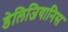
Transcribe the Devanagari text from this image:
डेलिजियानिस